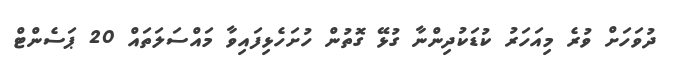
ދުވަހަށް ވުރެ މިއަހަރު ކުޑަކުދިންނާ ގުޅޭ ގޮތުން ހުށަހެޅިފައިވާ މައްސަލަތައް 20 ޕަސެންޓް